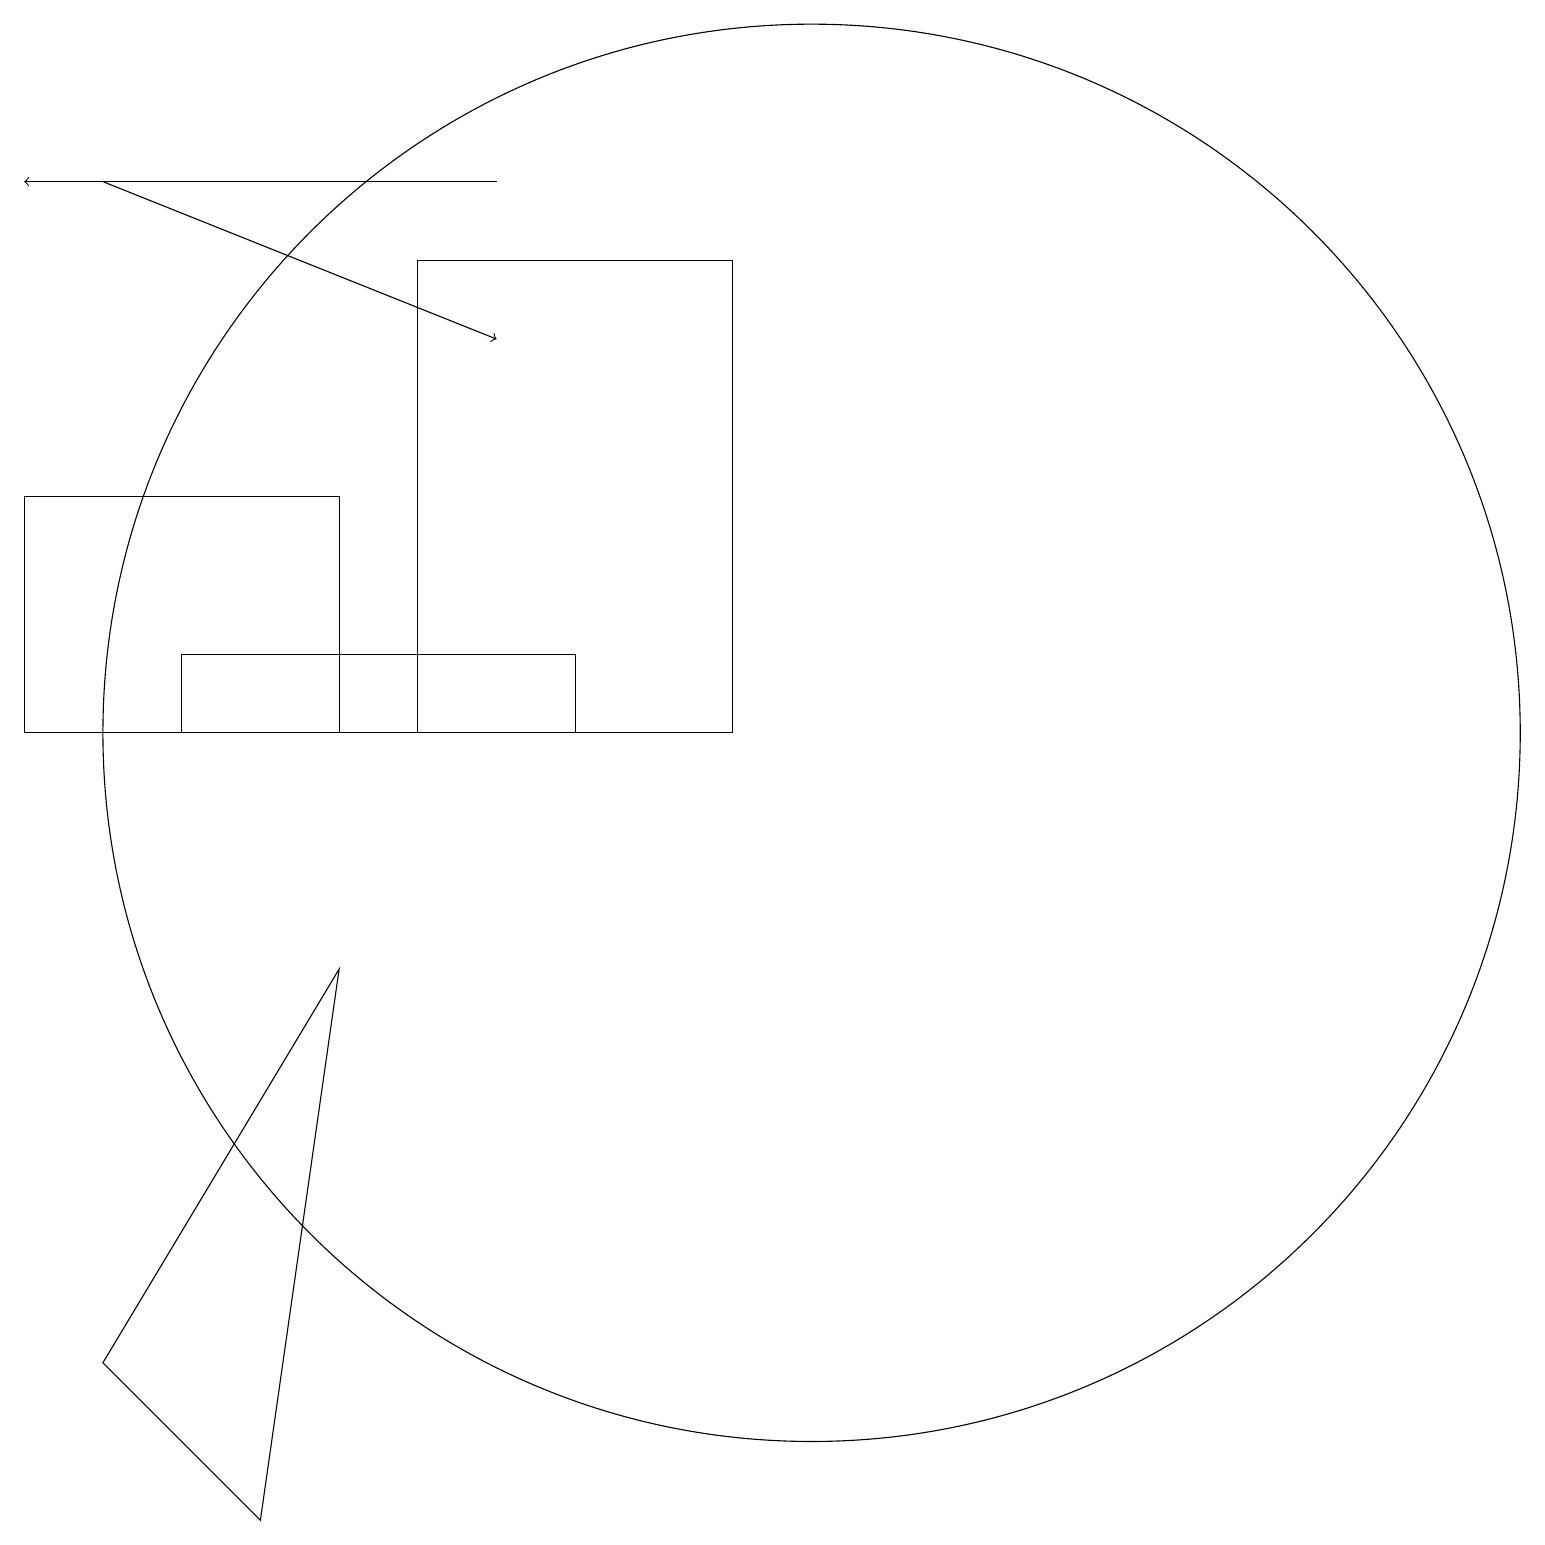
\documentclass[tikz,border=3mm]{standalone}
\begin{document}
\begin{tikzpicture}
\draw (4,11) rectangle (0,14);
\draw (3,1) -- (1,3) -- (4,8) -- cycle;
\draw (7,12) rectangle (2,11);
\draw (10,11) circle (9);
\draw[->] (1,18) -- (6,16);
\draw (9,11) rectangle (5,17);
\draw[->] (6,18) -- (0,18);
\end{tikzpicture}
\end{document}